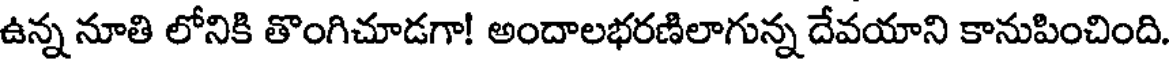
ఉన్న నూతి లోనికి తొంగిచూడగా! అందాలభరణిలాగున్న దేవయాని కానుపించింది.